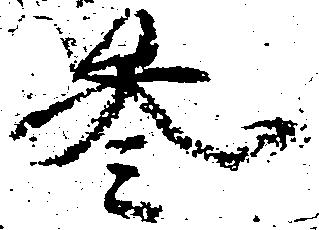
参